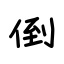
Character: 倒